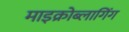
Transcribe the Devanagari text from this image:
माइक्रोब्लागिंग